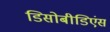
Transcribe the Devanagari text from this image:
डिसोबीडिएंस